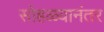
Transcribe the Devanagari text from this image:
सोहळ्यानंतर